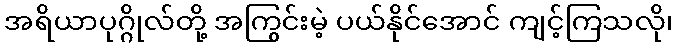
အရိယာပုဂ္ဂိုလ်တို့ အကြွင်းမဲ့ ပယ်နိုင်အောင် ကျင့်ကြသလို၊